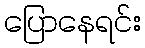
ပြောနေရင်း